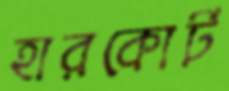
হারকোর্ট